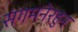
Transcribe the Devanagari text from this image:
संगमनेरहुन